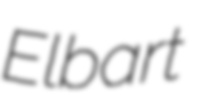
Elbart